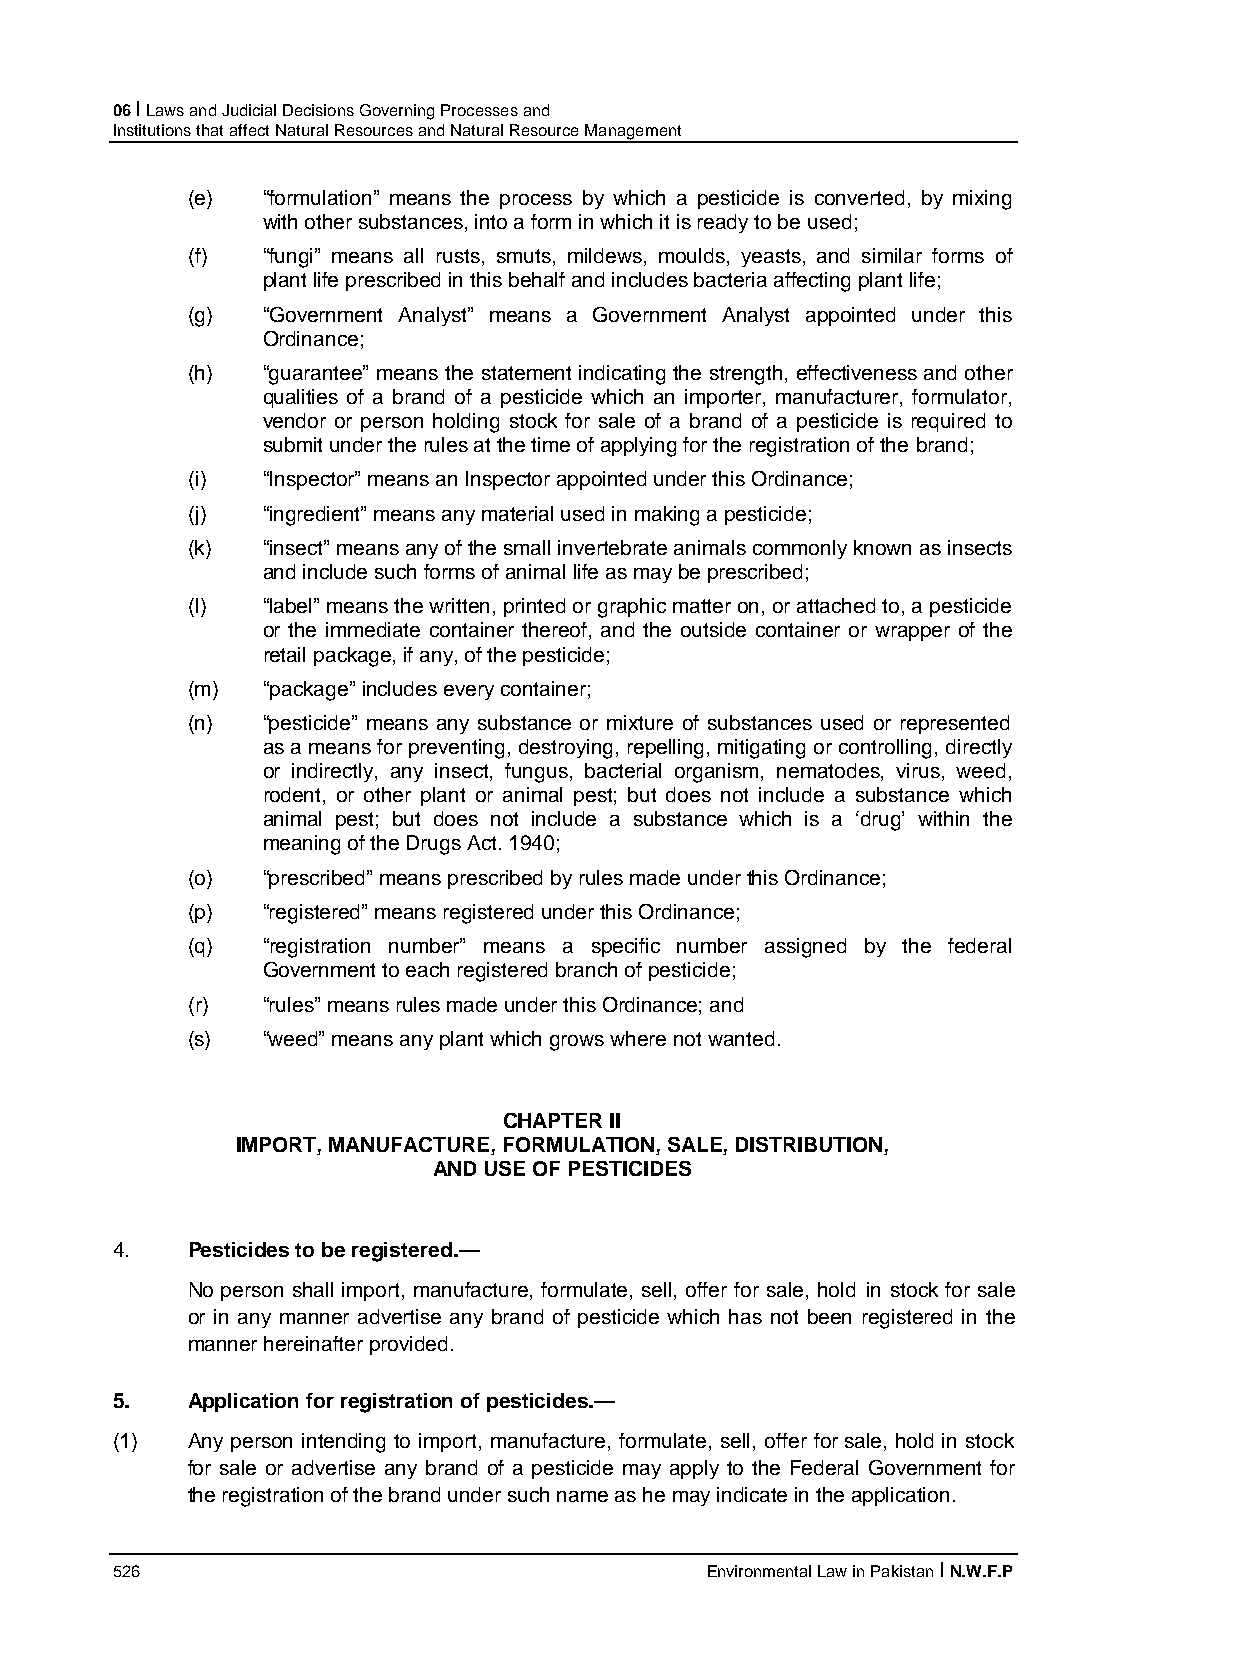
06 I Laws and Judicial Decisions Governing Processes and
 Institutions that affect Natural Resources and Natural Resource Management
 (e)  “formulation” means the process by which a pesticide is converted, by mixing
 with other substances, into a form in which it is ready to be used;
 (f)  “fungi” means all rusts, smuts, mildews, moulds, yeasts, and similar forms of
 plant life prescribed in this behalf and includes bacteria affecting plant life;
 (g)  “Government Analyst” means a Government Analyst appointed under this
 Ordinance;
 (h)  “guarantee” means the statement indicating the strength, effectiveness and other
 qualities of a brand of a pesticide which an importer, manufacturer, formulator,
 vendor or person holding stock for sale of a brand of a pesticide is required to
 submit under the rules at the time of applying for the registration of the brand;
 (i)  “Inspector” means an Inspector appointed under this Ordinance;
 (j)  “ingredient” means any material used in making a pesticide;
 (k)  “insect” means any of the small invertebrate animals commonly known as insects
 and include such forms of animal life as may be prescribed;
 (l)  “label” means the written, printed or graphic matter on, or attached to, a pesticide
 or the immediate container thereof, and the outside container or wrapper of the
 retail package, if any, of the pesticide;
 (m)  “package” includes every container;
 (n)  “pesticide” means any substance or mixture of substances used or represented
 as a means for preventing, destroying, repelling, mitigating or controlling, directly
 or indirectly, any insect, fungus, bacterial organism, nematodes, virus, weed,
 rodent, or other plant or animal pest; but does not include a substance which
 animal pest; but does not include a substance which is a ‘drug’ within the
 meaning of the Drugs Act. 1940;
 (o)  “prescribed” means prescribed by rules made under this Ordinance;
 (p)  “registered” means registered under this Ordinance;
 (q)  “registration number” means a specific number assigned by the federal
 Government to each registered branch of pesticide;
 (r)  “rules” means rules made under this Ordinance; and
 (s)  “weed” means any plant which grows where not wanted.
 CHAPTER II
 IMPORT, MANUFACTURE, FORMULATION, SALE, DISTRIBUTION,
 AND USE OF PESTICIDES
 4.   Pesticides to be registered.—
 No person shall import, manufacture, formulate, sell, offer for sale, hold in stock for sale
 or in any manner advertise any brand of pesticide which has not been registered in the
 manner hereinafter provided.
 5.   Application for registration of pesticides.—
 (1)  Any person intending to import, manufacture, formulate, sell, offer for sale, hold in stock
 for sale or advertise any brand of a pesticide may apply to the Federal Government for
 the registration of the brand under such name as he may indicate in the application.
 526                                     Environmental Law in Pakistan I N.W.F.P